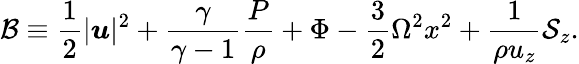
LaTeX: \mathcal{B}\equiv\frac{1}{2}|\boldsymbol{u}|^{2}+\frac{\gamma}{\gamma-1}\frac{P}{\rho}+\Phi-\frac{3}{2}\Omega^{2}x^{2}+\frac{1}{\rho u_{z}}\mathcal{S}_{z}.